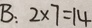
B : 2 \times 7 = 1 4